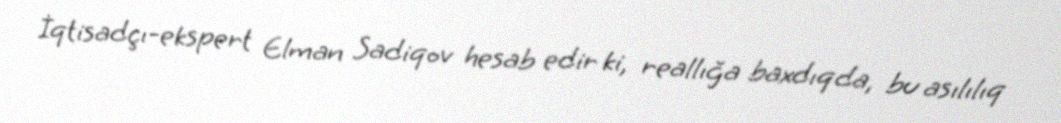
İqtisadçı-ekspert Elman Sadiqov hesab edir ki, reallığa baxdıqda, bu asılılıq